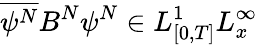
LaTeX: \overline{{\psi^{N}}}B^{N}\psi^{N}\in L_{[0,T]}^{1}L_{x}^{\infty}